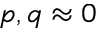
p , q \approx 0